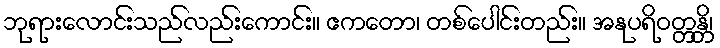
ဘုရားလောင်းသည်လည်းကောင်း။ ဧကတော၊ တစ်ပေါင်းတည်း။ အနုပရိဝတ္တန္တိ၊